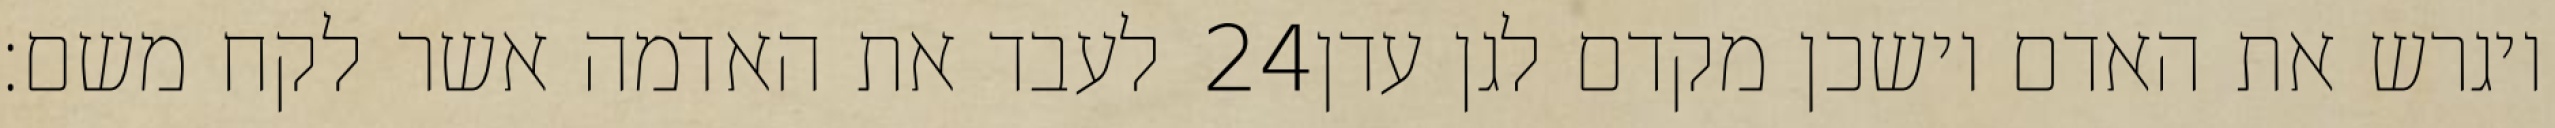
לעבד את האדמה אשר לקח משם׃ ‎24‏ ויגרש את האדם וישכן מקדם לגן עדן